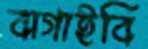
বাগাইবি